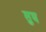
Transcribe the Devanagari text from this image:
सुघ